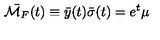
\bar { { \cal M } _ { F } } ( t ) \equiv \bar { y } ( t ) \bar { \sigma } ( t ) = e ^ { t } \mu